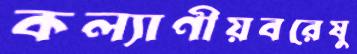
কল্যাণীয়বরেষু